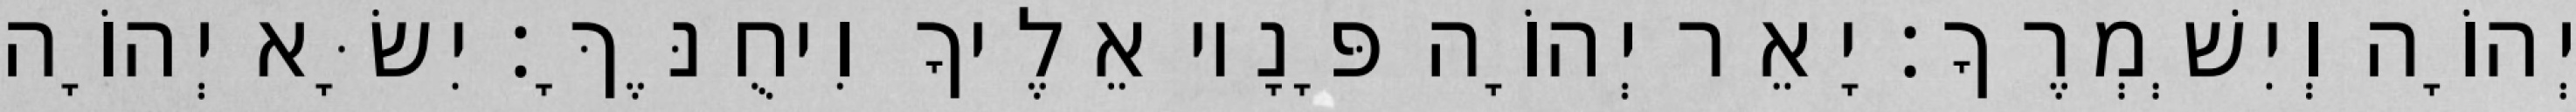
יְהוָֹה וְיִשְׁמְרֶךָ׃ יָאֵר יְהוָֹה פָּנָיו אֵלֶיךָ וִיחֻנֶּךָּ׃ יִשָּׂא יְהוָֹה